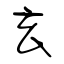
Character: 玄